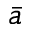
\bar { a }